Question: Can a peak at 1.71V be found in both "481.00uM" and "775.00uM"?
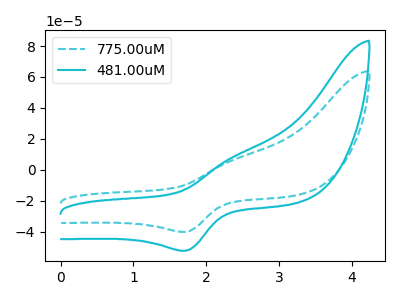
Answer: <think>The cyan dashed curve "775.00uM" has an anodic peak at (2.35V, 6.05uA) and a cathodic peak at (1.70V, -40.15uA). The cyan curve "481.00uM" has an anodic peak at (2.35V, 7.90uA) and a cathodic peak at (1.70V, -52.40uA).</think>
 <answer>Yes, "481.00uM" and "775.00uM" share a peak at 1.71V.</answer>
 <eval>match</eval>